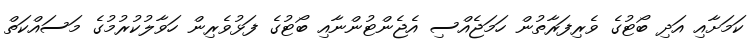
ކަމަށާއި އަދި ބޯޓުގެ ވެރިފަރާތުން ހަމަޖެއްސި އެޖެންޓުންނާއި ބޯޓުގެ ފަޅުވެރިން ހަވާލުކުރުމުގެ މަސައްކަތް